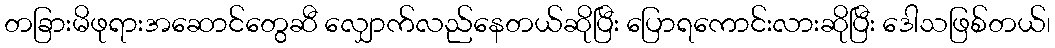
တခြားမိဖုရားအဆောင်တွေဆီ လျှောက်လည်နေတယ်ဆိုပြီး ပြောရကောင်းလားဆိုပြီး ဒေါသဖြစ်တယ်၊